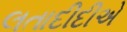
લતાદીદીએ